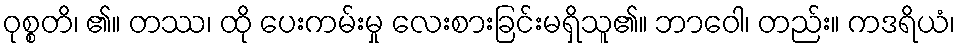
ဝုစ္စတိ၊ ၏။ တဿ၊ ထို ပေးကမ်းမှု လေးစားခြင်းမရှိသူ၏။ ဘာဝေါ၊ တည်း။ ကဒရိယံ၊